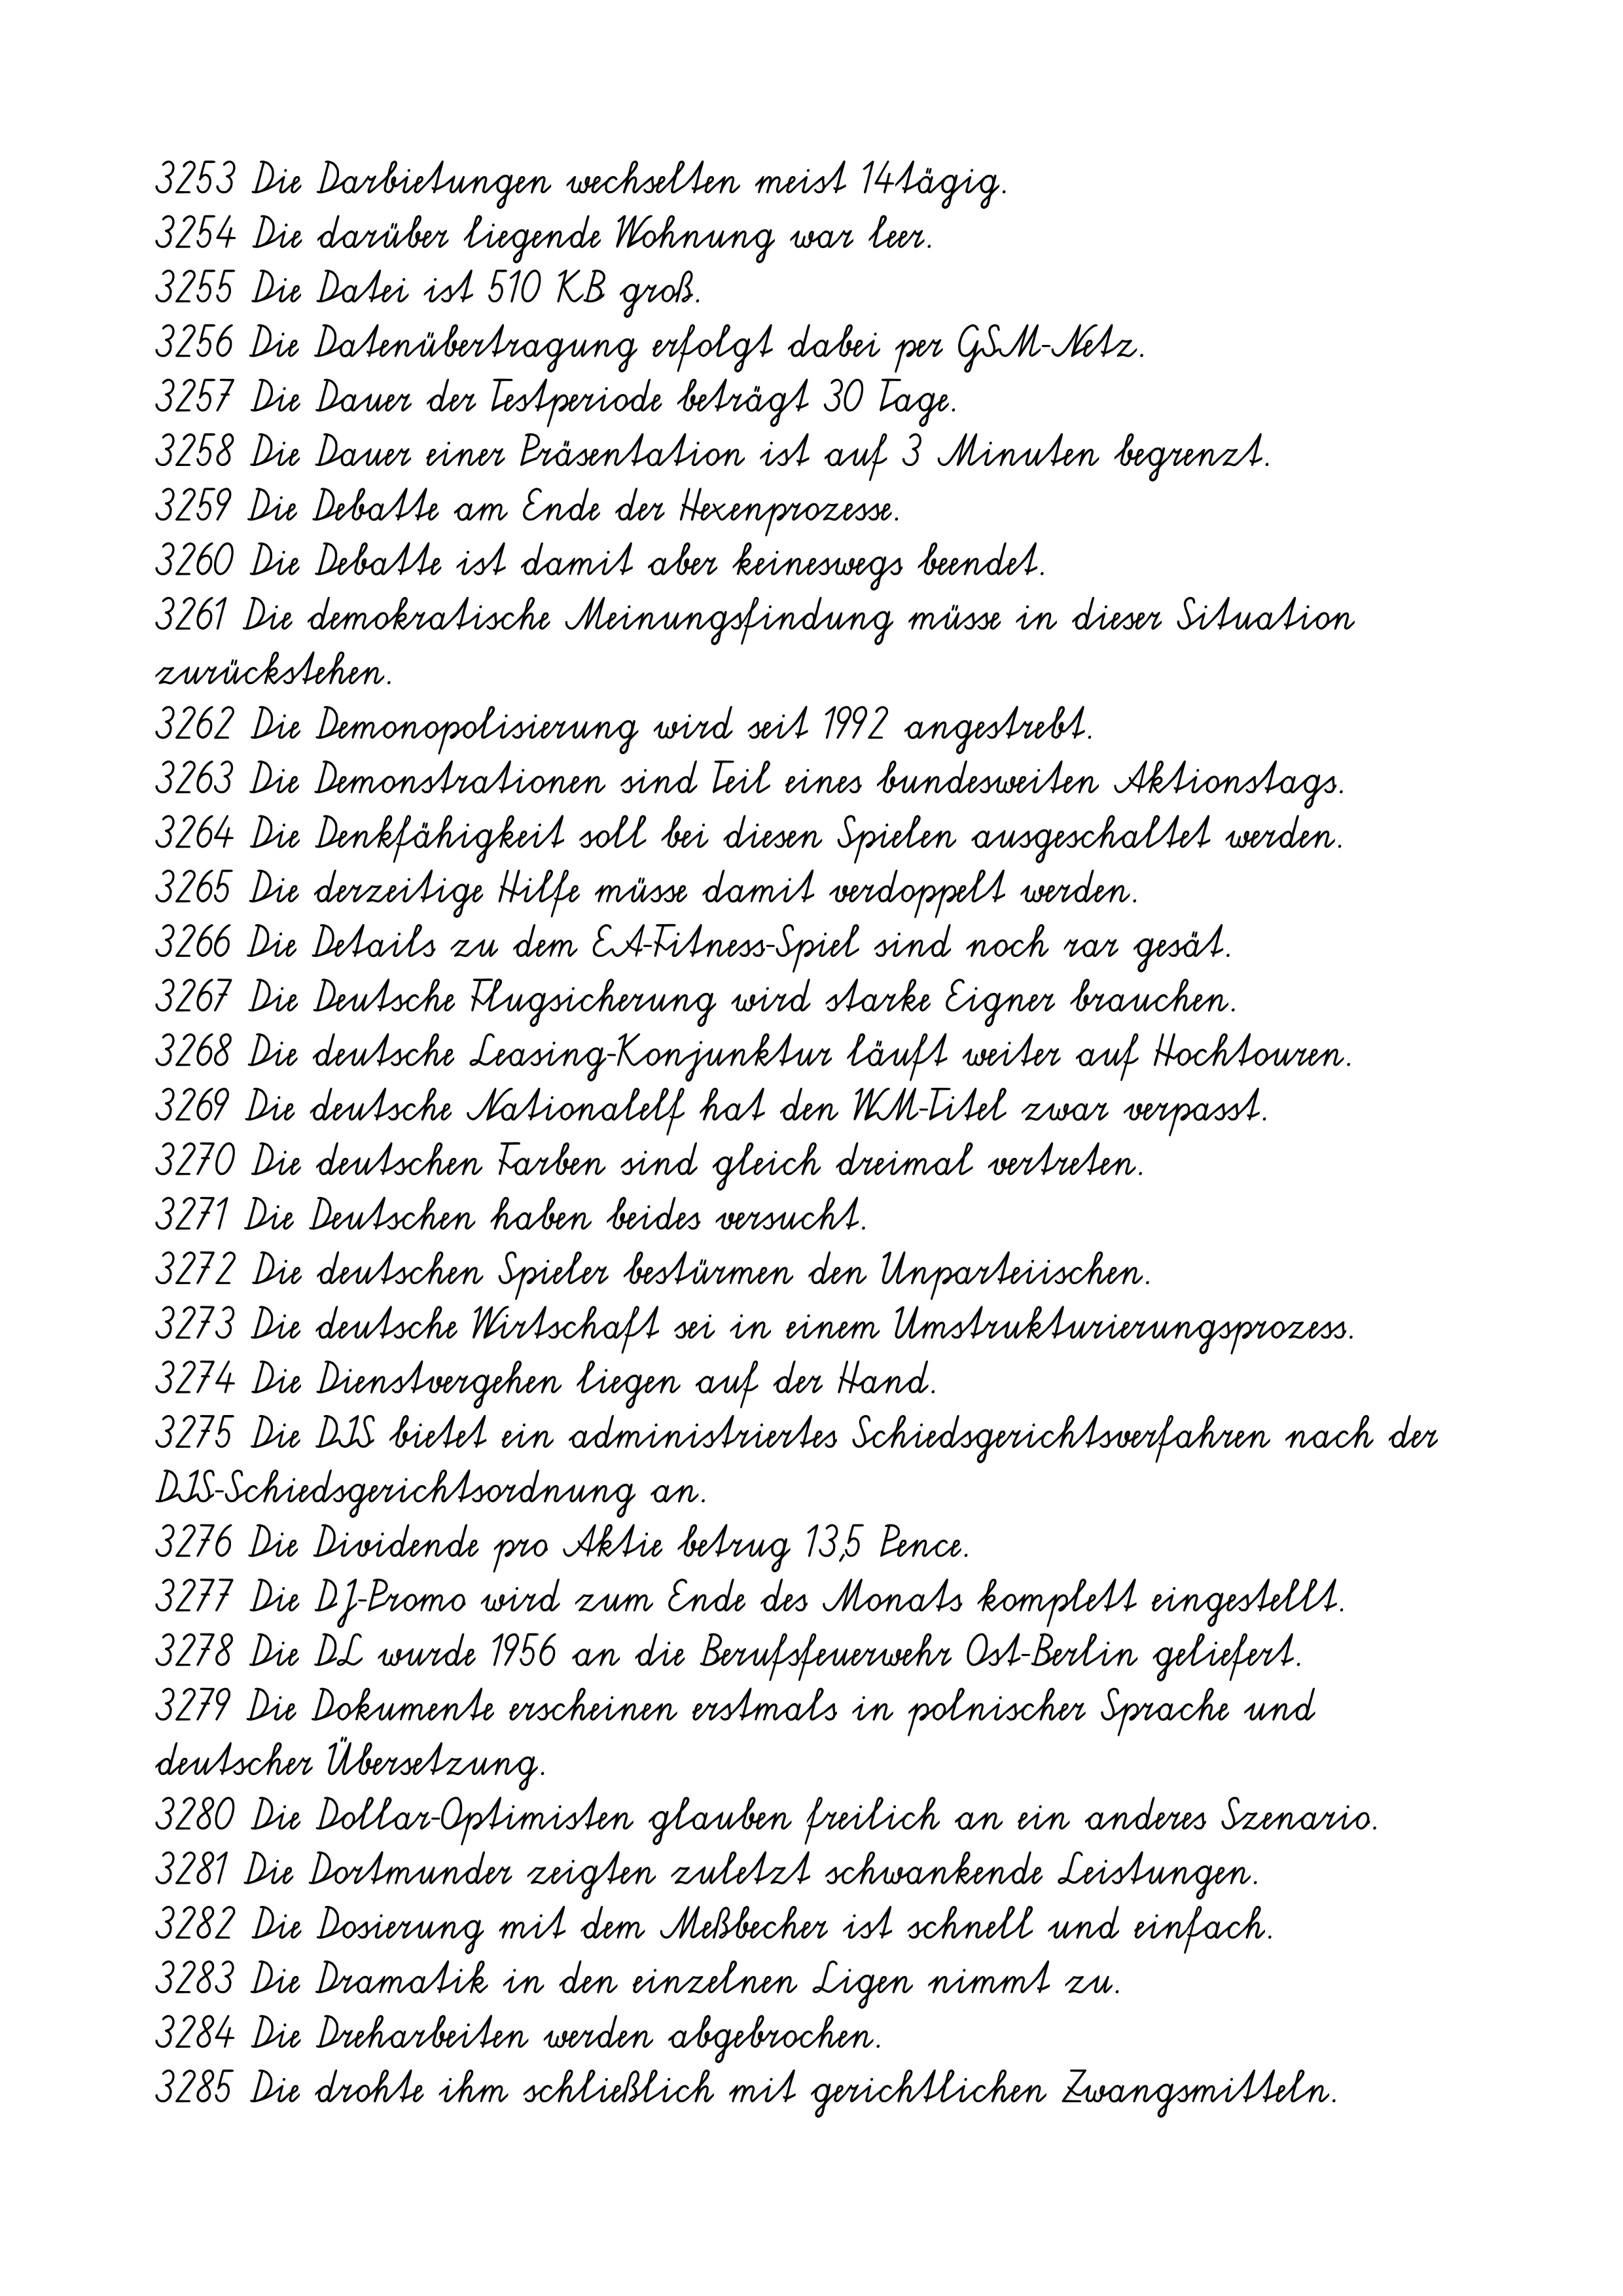
3253 Die Darbietungen wechselten meist 14tägig.
3254 Die darüber liegende Wohnung war leer.
3255 Die Datei ist 510 KB groß.
3256 Die Datenübertragung erfolgt dabei per GSM-Netz.
3257 Die Dauer der Testperiode beträgt 30 Tage.
3258 Die Dauer einer Präsentation ist auf 3 Minuten begrenzt.
3259 Die Debatte am Ende der Hexenprozesse.
3260 Die Debatte ist damit aber keineswegs beendet.
3261 Die demokratische Meinungsfindung müsse in dieser Situation
zurückstehen.
3262 Die Demonopolisierung wird seit 1992 angestrebt.
3263 Die Demonstrationen sind Teil eines bundesweiten Aktionstags.
3264 Die Denkfähigkeit soll bei diesen Spielen ausgeschaltet werden.
3265 Die derzeitige Hilfe müsse damit verdoppelt werden.
3266 Die Details zu dem EA-Fitness-Spiel sind noch rar gesät.
3267 Die Deutsche Flugsicherung wird starke Eigner brauchen.
3268 Die deutsche Leasing-Konjunktur läuft weiter auf Hochtouren.
3269 Die deutsche Nationalelf hat den WM-Titel zwar verpasst.
3270 Die deutschen Farben sind gleich dreimal vertreten.
3271 Die Deutschen haben beides versucht.
3272 Die deutschen Spieler bestürmen den Unparteiischen.
3273 Die deutsche Wirtschaft sei in einem Umstrukturierungsprozess.
3274 Die Dienstvergehen liegen auf der Hand.
3275 Die DIS bietet ein administriertes Schiedsgerichtsverfahren nach der
DIS-Schiedsgerichtsordnung an.
3276 Die Dividende pro Aktie betrug 13,5 Pence.
3277 Die DJ-Promo wird zum Ende des Monats komplett eingestellt.
3278 Die DL wurde 1956 an die Berufsfeuerwehr Ost-Berlin geliefert.
3279 Die Dokumente erscheinen erstmals in polnischer Sprache und
deutscher Übersetzung.
3280 Die Dollar-Optimisten glauben freilich an ein anderes Szenario.
3281 Die Dortmunder zeigten zuletzt schwankende Leistungen.
3282 Die Dosierung mit dem Meßbecher ist schnell und einfach.
3283 Die Dramatik in den einzelnen Ligen nimmt zu.
3284 Die Dreharbeiten werden abgebrochen.
3285 Die drohte ihm schließlich mit gerichtlichen Zwangsmitteln.